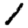
Digit: 1